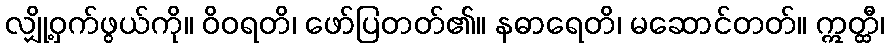
လျှို့ဝှက်ဖွယ်ကို။ ဝိဝရတိ၊ ဖော်ပြတတ်၏။ နဓာရေတိ၊ မဆောင်တတ်။ ဣတ္ထီ၊